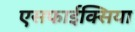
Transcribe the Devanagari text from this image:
एसफाईक्सिया